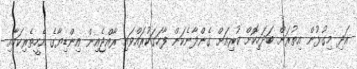
އަދި މިގުޅުން އިތުރަށް ބަދަހިކޮށް ކުރިއަށް ގެންދާނެކަން ފާހަގަކުރައްވައި ރާއްޖެއިން އިންޑިޔާގެ އެހީތެރިކަމާއި